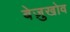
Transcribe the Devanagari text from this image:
बेज़ुखोव